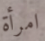
امرأة